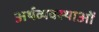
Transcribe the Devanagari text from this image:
अर्थव्यवस्थाआें